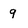
Character: q